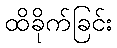
ထိခိုက်ခြင်း